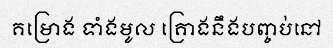
គម្រោង ទាំងមូល គ្រោងនឹងបញ្ចប់នៅ